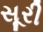
સૂરી